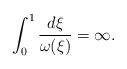
LaTeX: \begin{align*}\int_0^1 \frac{d \xi}{\omega(\xi)} = \infty. \end{align*}